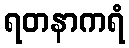
ရတနာကရံ